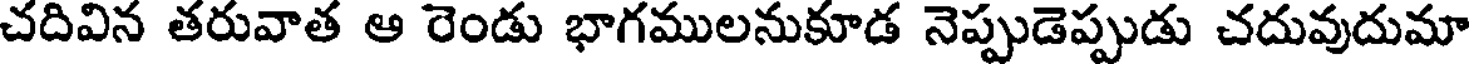
చదివిన తరువాత ఆ రెండు భాగములనుకూడ నెప్పుడెప్పుడు చదువుదుమా